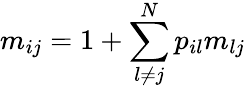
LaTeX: m_{ij}=1+\sum_{l\neq j}^{N}p_{il}m_{lj}